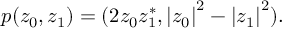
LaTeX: p ( z _ { 0 } , z _ { 1 } ) = ( 2 z _ { 0 } z _ { 1 } ^ { \ast } , \left| z _ { 0 } \right| ^ { 2 } - \left| z _ { 1 } \right| ^ { 2 } ) .